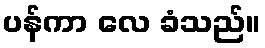
ပန်ကာ လေ ခံသည်။